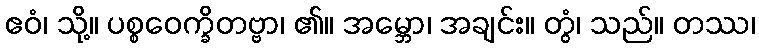
ဧဝံ၊ သို့။ ပစ္စဝေက္ခိတဗ္ဗာ၊ ၏။ အမ္ဘော၊ အချင်း။ တွံ၊ သည်။ တဿ၊